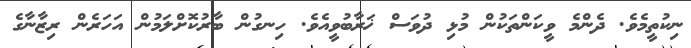
ނިކުތީމެވެ. ދެންމެ ވީކަންތަކުން މުޅި ދުވަސް ޚަރާބުވީއެވެ. ހިނގުން ބާރުކޮށްލަމުން އަހަރެން ރިޒާނާގެ